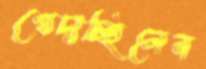
খেদাচ্ছিলেন